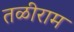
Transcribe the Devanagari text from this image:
तळीराम